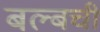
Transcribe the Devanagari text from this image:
बल्बची